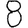
Digit: 8